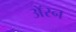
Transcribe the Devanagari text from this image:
अॅरन